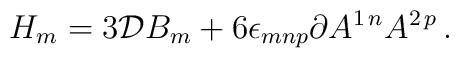
H_{m} = 3{\cal D} B_{m} +6\epsilon_{mnp}\partial A^{1\, n}A^{2\, p}\, .